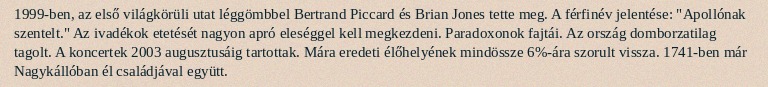
1999-ben, az első világkörüli utat léggömbbel Bertrand Piccard és Brian Jones tette meg. A férfinév jelentése: "Apollónak szentelt." Az ivadékok etetését nagyon apró eleséggel kell megkezdeni. Paradoxonok fajtái. Az ország domborzatilag tagolt. A koncertek 2003 augusztusáig tartottak. Mára eredeti élőhelyének mindössze 6%-ára szorult vissza. 1741-ben már Nagykállóban él családjával együtt.